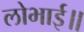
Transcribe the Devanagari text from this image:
लोभाई॥